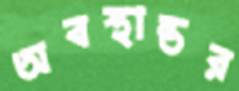
অবস্থান্তর